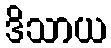
ဒိသာယ